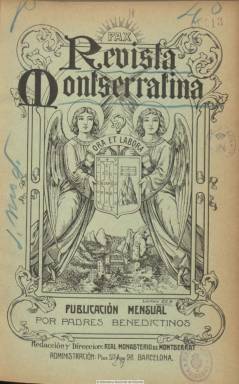
Título: Revista montserratina
Colección: Religión
Ámbito geográfico: Barcelona
Lugar de publicación: Barcelona
Fechas: 01/01/1907-31/12/1917

Publicación mensual ideada y fundada por el que fuera reformador del Monasterio de Montserrat, el abad Josep Dèas i Vilar (1837-1921), y redactada por padres benedictinos (O.S.B.), que comienzan a publicarla en enero de 1907. Aunque esté dedicada a cuestiones puramente apologéticas y a estudios e informaciones sobre la real abadía y la orden religiosa de San Benito, como reflejo de la actividad periodística e inquietud renovadora de los monjes de Montserrat en cuestiones humanísticas, sociales, políticas e históricas, es considerada por Torrent y Tasis (1966) como una publicación de calado también cultural, que, incluso, llegará a aportar contenidos al acervo intelectual del catalanismo en las primeras décadas del siglo veinte. Aunque prioritariamente escrita en castellano, algunos artículos, sobre todo poesías, llegarán a estarlos en lengua catalana.

El artículo de presentación comienza mostrando la radical oposición de los benedictinos a lo que, a su juicio, era una “inmensa avalancha de libros perniciosos que hoy pululan” y al “gran número” de revistas y periódicos a los que no dudaban en calificar de “impíos”, que “pretenden monopolizar la opinión pública”. Los monjes dirán, para justificar su actividad publicística, que “salimos hoy de nuestro retiro, de esta soledad inestimable de Montserrat” para  “levantar nuestra voz”, para “luchar denodadamente por la Fe y la Iglesia”, para “ilustrar al pueblo, instruyéndole en la ley de Dios”, tarea a la que invitan a escritores “dóciles a la voz de sus Prelados”.

A la vez que en ese mismo artículo es identificada España como la “nación católica por excelencia”,  será acusado el Estado liberal porque en el, “al grito de ‘libertad’, todas las libertades son mermadas a los católicos, la de asociación, la de conciencia, la de pensar, la de creer y aun la de vivir cristianamente entre los demás ciudadanos”.

La revista será dedicada a la virgen de Montserrat, y su plan será propagar el culto a María, a comentar el espíritu de la regla de San Benito, dando cuenta de la historia y noticias de la orden procedentes del extranjero, además  de sus santos, ofreciendo textos sobre su liturgia, pero también otros de carácter literario, científico y de actualidad. Además de las noticias, correspondencia y necrología de la orden, tendrá una sección de Bibliografía (de libros recibidos) y otra de Variedades con una Crónica de Montserrat. A ello se añaden unas Observaciones meteorológicas de la propia estación de la abadía montserratina. Será también una revista ilustrada, al incorporar fotograbados, no sólo de retratos procedentes del santoral o de autoridades católicas, sino también de vistas de monasterios benedictinos.

La revista aparece tras los consejos que el abad Dèas había recibido del integrista católico el padre Fèlix Sardà i Salvany (1841-1916), y su primer director será el padre Ramón Colomé (1875-1922). En diciembre de 1915 le sustituirá Romuald Simón i Costa, que había actuado hasta entonces como subdirector. El administrador será Antoni Maria Marcet (1878-1946), quien la potenciará a partir desde 1912 cuando sea el nuevo abad. Entre sus principales redactores estuvieron Fausto Curiel, Ramir Escofet, Adeodat Marcet, Bonaventura Ubach, Bonifaci Soler y Gregori Sunyol.

Con censura eclesiástica, fue impresa en la barcelonesa La Hormiga de Oro, en entregas de 32 páginas, que más tarde irá aumentando, compuesta a una columna. Editó algunos suplementos. Inscribe en su cabecera los lemas “Pax” y “Ora et labora”, junto a un diujo de Lesmes. Sus entregas forman tomos anuales, publicando en el número de diciembre los índices, e iniciando cada año nueva paginación. Tras once años en publicación, el número 132 es el último de la colección, correspondiente a diciembre de 1917. A partir del año siguiente es continuada por el título en latín Analecta montserratensia (1918-1965), impulsada por Anselm Albareda y redactada totalmente en catalán.